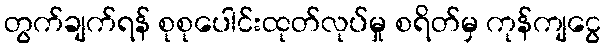
တွက်ချက်ရန် စုစုပေါင်းထုတ်လုပ်မှု စရိတ်မှ ကုန်ကျငွေ